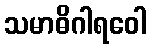
သမာဓိဂါရဝေါ